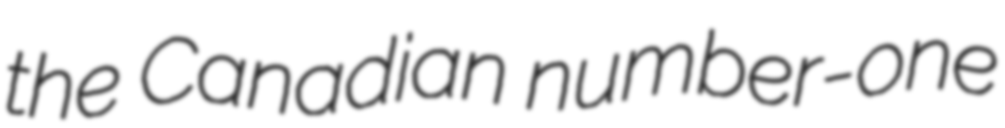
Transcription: the Canadian number-one